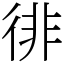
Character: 徘